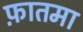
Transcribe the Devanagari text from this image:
फ़ातमा